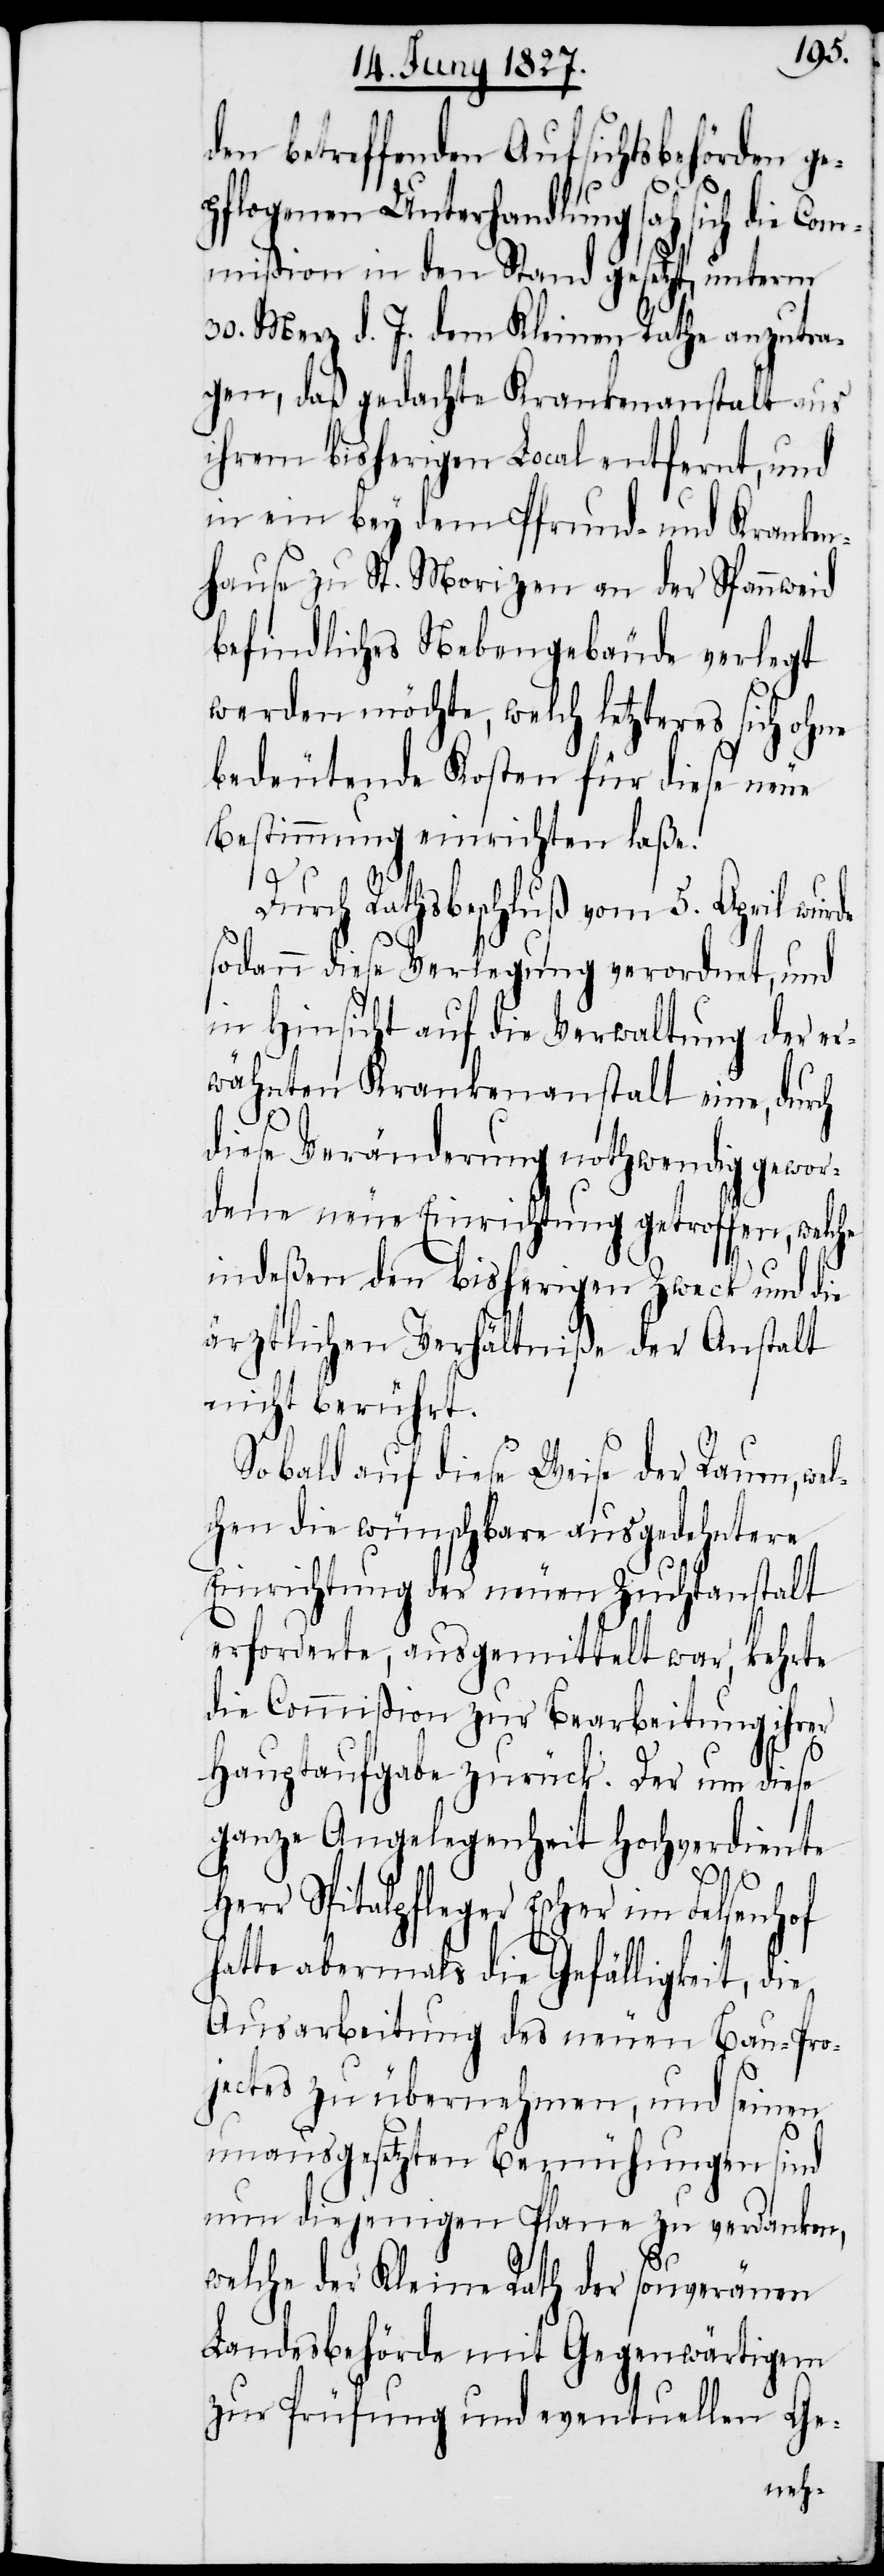
den betreffenden Aufsichtsbehörden ge¬
pflogenen Unterhandlung sah sich die Com¬
mißion in den Stand gesetzt, unterm
30. Merz d. J. dem Kleinen Rathe anzutra¬
gen, daß gedachte Krankenanstalt aus
ihrem bisherigen Local entfernt, und
in ein bey dem Pfrund- und Kranken¬
hause zu St. Morizen an der Spannweid
befindliches Nebengebäude verlegt
werden möchte, welch letzteres sich ohne
bedeutende Kosten für diese neue
Bestimmung einrichten laße.
Durch Rathsbeschluß vom 5. April wurde
sodann diese Verlegung verordnet, und
in Hinsicht auf die Verwaltung der er¬
wähnten Krankenanstalt eine, durch
diese Veränderung nothwendig gewor¬
dene neue Einrichtung getroffen, welche
indeßen den bisherigen Zweck und die
ärztlichen Verhältniße der Anstalt
nicht berührt.
Sobald auf diese Weise der Raum, wel¬
chen die wünschbare ausgedehntere
Einrichtung der neuen Zuchtanstalt
erforderte, ausgemittelt war, kehrt
die Commißion zur Bearbeitung ihrer
Hauptaufgabe zurück. Der um diese
ganze Angelegenheit hochverdiente
Herr Spitalpfleger Escher im Felsenhof
hatte abermals die Gefälligkeit, die
Ausarbeitung des neuen Bau-Pro¬
jectes zu übernehmen, und seinen
unausgesetzten Bemühungen sind
nun diejenigen Plane zu verdanken,
welche der Kleine Rath der souveränen
Landesbehörde mit Gegenwärtigem
zur Prüfung und eventuellen Ge-